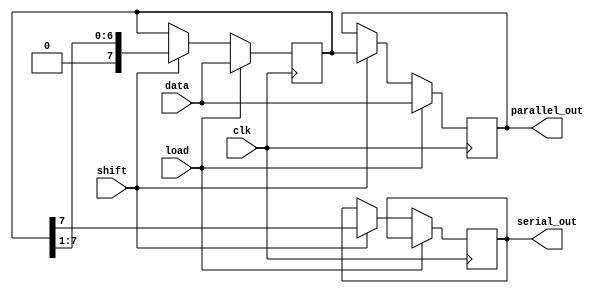
module PISO_Shift_Register (
    input wire clk,          // Clock signal
    input wire load,         // Load control signal
    input wire shift,        // Shift control signal
    input wire [N-1:0] data, // Parallel input data bus
    output reg serial_out,   // Serial output
    output reg [N-1:0] parallel_out // For monitoring (optional)
);
    parameter N = 8;         // Width of data input, can be adjusted

    // Internal register to hold the shift register bits
    reg [N-1:0] shift_reg;

    always @(posedge clk) begin
        if (load) begin
            // Load the data in parallel
            shift_reg <= data;
        end
        else if (shift) begin
            // Shift the data out serially
            serial_out <= shift_reg[N-1]; // Output the MSB
            shift_reg <= {1'b0, shift_reg[N-1:1]}; // Shift right, LSB becomes 0
        end
    end

    // For monitoring output (optional)
    always @(posedge clk) begin
        if (load) begin
            parallel_out <= data; // Capture parallel data
        end
        else if (shift) begin
            parallel_out <= shift_reg; // Show current shift register state
        end
    end

endmodule